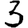
Digit: 3